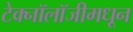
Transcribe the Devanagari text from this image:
टेक्‍नॉलॉजीमधून